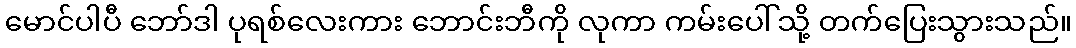
မောင်ပါပီ ဘော်ဒါ ပုရစ်လေးကား ဘောင်းဘီကို လုကာ ကမ်းပေါ်သို့ တက်ပြေးသွားသည်။